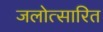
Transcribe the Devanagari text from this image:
जलोत्सारित